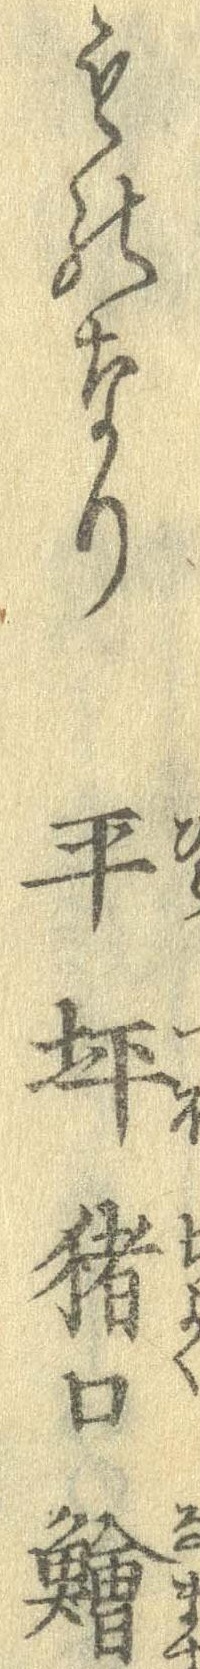
ものなり平坪猪口鱠